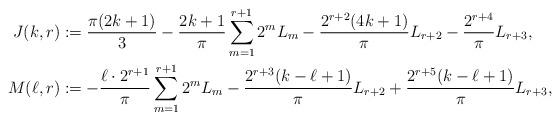
LaTeX: \begin{align*}J(k,r)&:=\frac{\pi(2k+1)}{3}-\frac{2k+1}{\pi}\sum_{m=1}^{r+1}2^m L_m-\frac{2^{r+2}(4k+1)}{\pi}L_{r+2}-\frac{2^{r+4}}{\pi}L_{r+3},\\M(\ell,r)&:=-\frac{\ell\cdot 2^{r+1}}{\pi}\sum_{m=1}^{r+1}2^m L_m-\frac{2^{r+3}(k-\ell+1)}{\pi}L_{r+2}+\frac{2^{r+5}(k-\ell+1)}{\pi}L_{r+3},\end{align*}